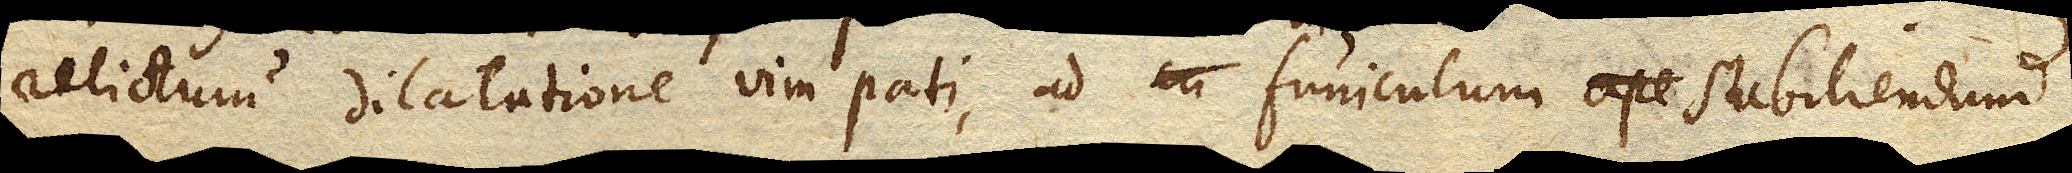
relictum dilatatione vim pati, ad funiculum stabiliendum